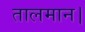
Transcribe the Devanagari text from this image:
तालमान।